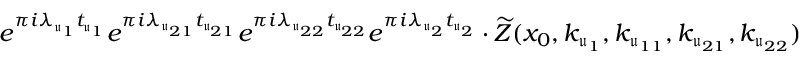
e ^ { \pi i \lambda _ { \mathfrak u _ { 1 } } t _ { \mathfrak u _ { 1 } } } e ^ { \pi i \lambda _ { \mathfrak u _ { 2 1 } } t _ { \mathfrak u _ { 2 1 } } } e ^ { \pi i \lambda _ { \mathfrak u _ { 2 2 } } t _ { \mathfrak u _ { 2 2 } } } e ^ { \pi i \lambda _ { \mathfrak u _ { 2 } } t _ { \mathfrak u _ { 2 } } } \cdot \widetilde { Z } ( x _ { 0 } , k _ { \mathfrak u _ { 1 } } , k _ { \mathfrak u _ { 1 1 } } , k _ { \mathfrak u _ { 2 1 } } , k _ { \mathfrak u _ { 2 2 } } )